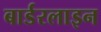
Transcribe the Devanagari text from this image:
बार्डरलाइन